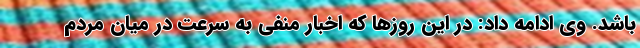
باشد. وی ادامه داد: در این روزها که اخبار منفی به سرعت در میان مردم